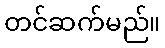
တင်ဆက်မည်။